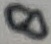
Text: 8